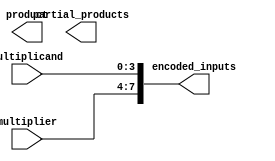
module booth_multiplier(
    input [3:0] multiplier,
    input [3:0] multiplicand,
    output reg [7:0] encoded_inputs,
    output reg [11:0] partial_products,
    output reg [3:0] product
);
    
    // Booth Encoder
    always @*
    begin
        encoded_inputs = {multiplier, multiplicand};
    end
    
    // Booth Control Unit
    always @*
    begin
        // Control logic here
    end
    
    // Partial Product Generator
    always @*
    begin
        // Generate partial products here
    end
    
    // Accumulator
    always @*
    begin
        // Accumulate partial products to get final product
    end

endmodule